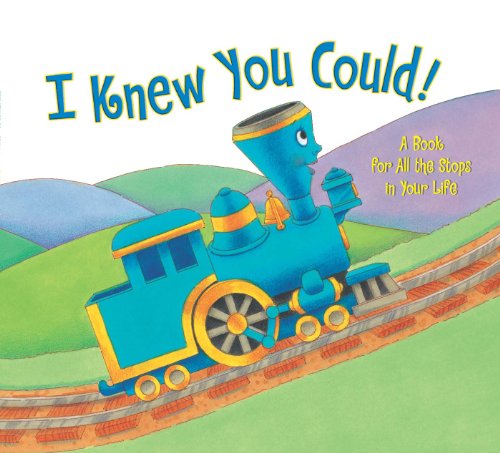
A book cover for I Knew You Could!: A Book for All the Stops in Your Life (The Little Engine That Could); Craig Dorfman; Children's Books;